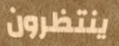
ينتظرون